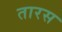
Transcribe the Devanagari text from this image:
तारस